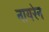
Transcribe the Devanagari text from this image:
नायरेन